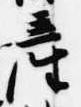
産